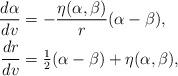
LaTeX: \begin{align*} \frac{d\alpha}{dv}&=-\frac{\eta(\alpha,\beta)}{r}(\alpha-\beta),\\ \frac{dr}{dv}&=\tfrac{1}{2}(\alpha-\beta)+\eta(\alpha,\beta),\end{align*}